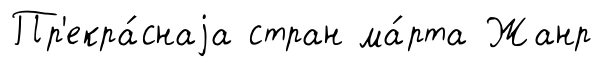
Пр'екра́снаjа стран ма́рта Жанр